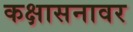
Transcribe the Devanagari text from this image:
कक्षासनावर